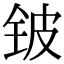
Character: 铍